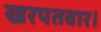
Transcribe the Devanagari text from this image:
खरपतवार।